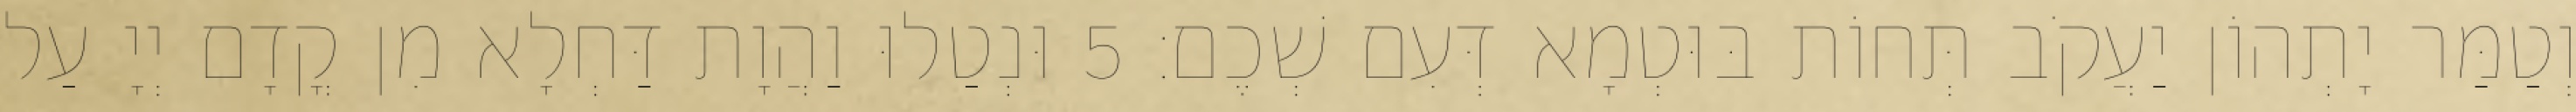
וְטַמַּר יָתְהוֹן יַעֲקֹב תְּחוֹת בּוּטְמָא דְּעִם שְׁכֶם׃ 5 וּנְטַלוּ וַהֲוָת דַּחְלָא מִן קֳדָם יְיָ עַל